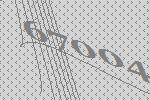
67004